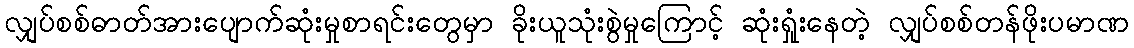
လျှပ်စစ်ဓာတ်အားပျောက်ဆုံးမှုစာရင်းတွေမှာ ခိုးယူသုံးစွဲမှုကြောင့် ဆုံးရှုံးနေတဲ့ လျှပ်စစ်တန်ဖိုးပမာဏ